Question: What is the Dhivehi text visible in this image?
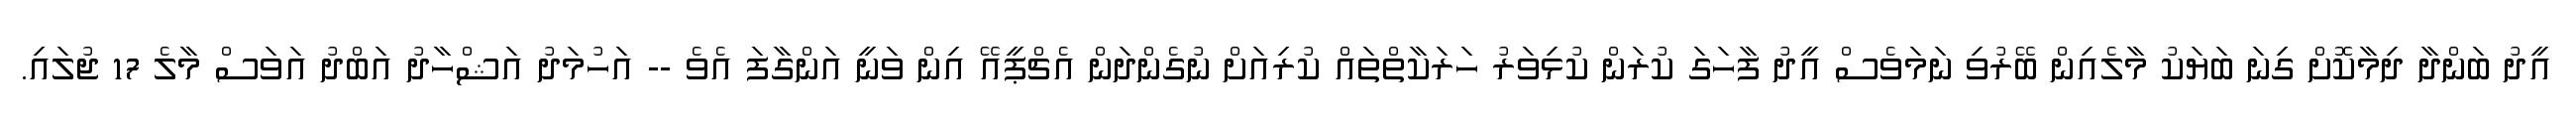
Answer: އީދު ބަންދާ ދިމާކޮށް ގިނަ ބަޔަކު މާލެއިން ބޭރުވި ނަމަވެސް އީދު ފާހަގަ ކުރަން ކުޅިވަރު ހަރަކާތްތައް ކުރިއަށް ނުގެންދަން އެޗްޕީއޭ އިން ވަނީ އަންގާފަ އެވެ -- އަހުމަދު އަޝްހާދު އަބްދު އަވަސް މާލެ 17 ޖުލައި.